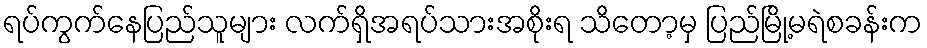
ရပ်ကွက်နေပြည်သူများ လက်ရှိအရပ်သားအစိုးရ သိတော့မှ ပြည်မြို့မရဲစခန်းက